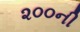
૨૦૦ની